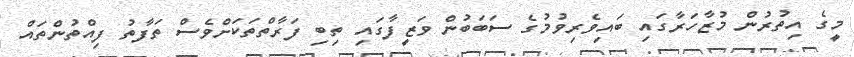
މީގެ އިތުރުން މުޒާހަރާގައި ބައިވެރިވުމުގެ ސަބަބުން ވަޒީފާގައި ތިބި ފަރާތްތަކަށްވެސް ތަފާތު ފިއްތުންތައް